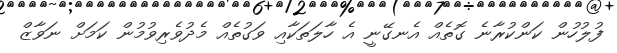
ފުލުހުން ކަންކުރާނެ ގޮތެއް އެނގޭނީ އެ ހާލަތަކާއި ވަގުތެއް މެދުވެރިވުމުން ކަމަށް ނަވާޒް